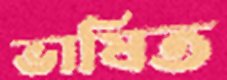
ভাষিত